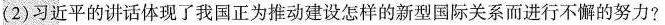
(2)习近平的讲话体现了我国正为推动建设怎样的新型国际关系而进行不懈的努力?